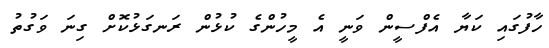
ހާފުގައި ކަޔާ އެފްސީން ވަނީ އެ މީހުންގެ ކުޅުން ރަނގަޅުކޮށް ގިނަ ވަގުތު